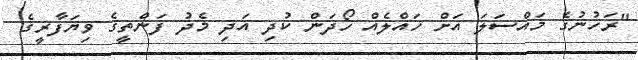
"ރަހުނުގެ މައްސަލަ އަށް ހައްލެއް ހޯދަން ކުދި އަދި މެދު ފަންތީގެ ވިޔަފާރީގެ